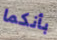
بأنكما